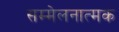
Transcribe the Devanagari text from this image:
सम्मेलनात्मक